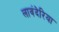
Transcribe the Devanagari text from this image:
लावंदेरिया